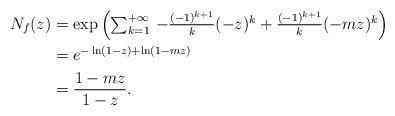
LaTeX: \begin{align*} N_f(z)&=\exp\left(\textstyle\sum_{k=1}^{+\infty} \, -\frac{(-1)^{k+1}}{k}(-z)^k + \frac{(-1)^{k+1}}{k}(-mz)^k\right) \\ &= e^{-\ln(1-z) + \ln(1-mz)} \\ &= \dfrac{1-mz}{1-z}. \end{align*}